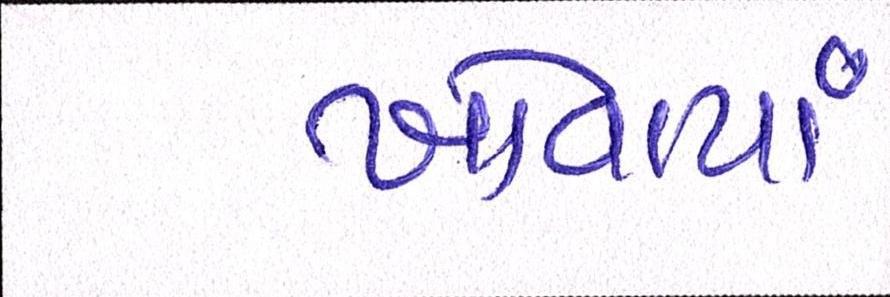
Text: ખોવાયાં